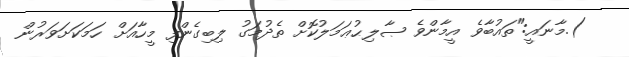
).މާނައީ:"ތައުބާވެ އީމާންވެ ޞާލިޙުޢަމަލުކޮށް ތެދުމަގު ލިބިގެންފި މީހާއަށް ހަމަކަށަވަރުން